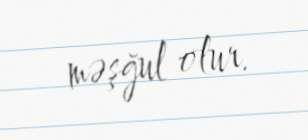
məşğul olur.